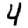
Digit: 4